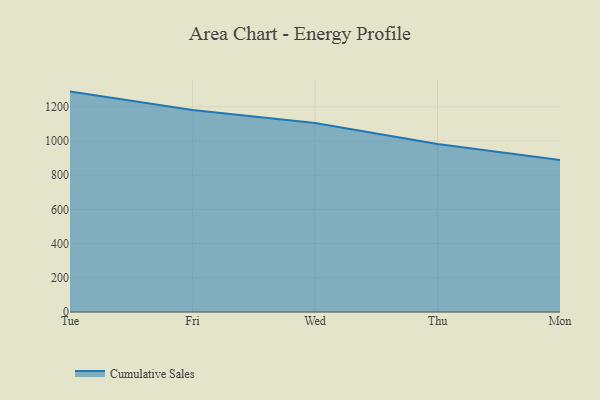
{"axis": {"x": "Day", "y": "Demand Index"}, "legend": ["Cumulative Sales"], "data": [{"x": "Tue", "y": 1289.0, "type": "Cumulative Sales"}, {"x": "Fri", "y": 1181.6, "type": "Cumulative Sales"}, {"x": "Wed", "y": 1105.4, "type": "Cumulative Sales"}, {"x": "Thu", "y": 983.2, "type": "Cumulative Sales"}, {"x": "Mon", "y": 888.3, "type": "Cumulative Sales"}]}